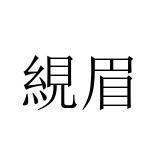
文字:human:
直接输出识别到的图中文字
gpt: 絸眉